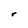
Character: r